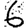
Digit: 6